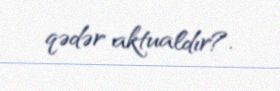
qədər aktualdır?.